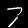
Digit: 7